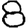
Digit: 8